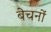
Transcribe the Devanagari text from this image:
बेचनों